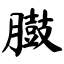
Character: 臌